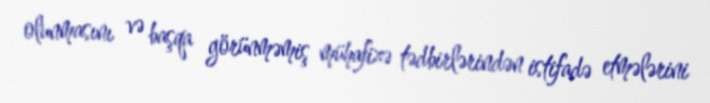
olunmasını və başqa görünməmiş mühafizə tədbirlərindən istifadə etmələrini